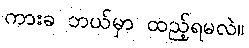
ကားခ ဘယ်မှာ ထည့်ရမလဲ။